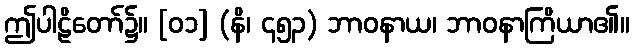
ဤပါဠိတော်၌။ [၀၁] (နိ၊ ၄၅၃) ဘာဝနာယ၊ ဘာဝနာကြိယာ၏။